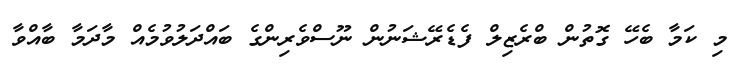
މި ކަމާ ބެހޭ ގޮތުން ބްރެޒިލް ފެޑެރޭޝަނުން ނޫސްވެރިންގެ ބައްދަލުވުމެއް މާދަމާ ބާއްވާ